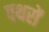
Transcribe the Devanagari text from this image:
पथरों